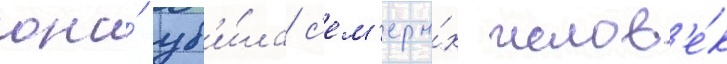
она́ уб'и́ла с'ем'еры́х челов'е́к